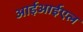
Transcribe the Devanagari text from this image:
आईआईएल